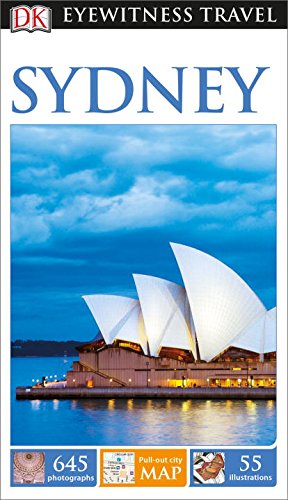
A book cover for DK Eyewitness Travel Guide: Sydney; DK Publishing; Travel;